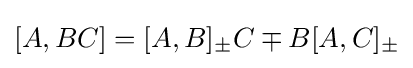
[A,BC]=[A,B]_{\pm }C\mp B[A,C]_{\pm }